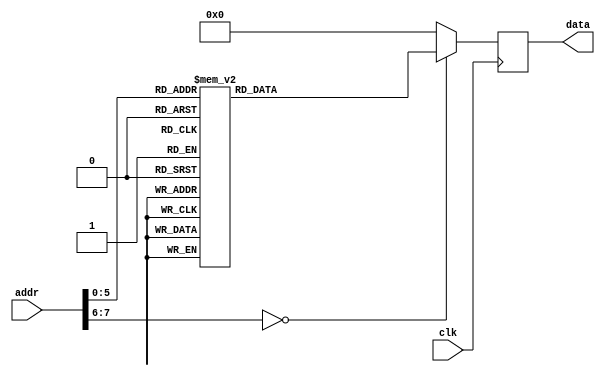
module rom #(
        parameter   DATA_WIDTH = 16,
        parameter   ADDR_WIDTH = 8          // 2 * 1024 bytes of ROM
    )(
        input  wire                  clk,
        input  wire [ADDR_WIDTH-1:0] addr,  // here comes the program counter
        output  reg [DATA_WIDTH-1:0] data   // here goes the instruction
    );

    reg [DATA_WIDTH-1:0] value;

    always @* begin
        case (addr)
		/*	 rjmp 	_start 		*/
		0:		value = 16'b1100000000100110;
		/*	 in 	yl, spl 		*/
		1:		value = 16'b1011011111001101;
		/*	 in 	yh, sph 		*/
		2:		value = 16'b1011011111011110;
		/*	 inc 	yl 		*/
		3:		value = 16'b1001010111000011;
		/*	 inc 	yl 		*/
		4:		value = 16'b1001010111000011;
		/*	 inc 	yl 		*/
		5:		value = 16'b1001010111000011;
		/*	 ld 	r16, y+ 		*/
		6:		value = 16'b1001000100001001;
		/*	 ld 	r17, y+ 		*/
		7:		value = 16'b1001000100011001;
		/*	 ld 	r18, y 		*/
		8:		value = 16'b1000000100101000;
		/*	 ldi 	r20, 40 		*/
		9:		value = 16'b1110001001001000;
		/*	 mul 	r16, r20 		*/
		10:		value = 16'b1001111100000100;
		/*	 mov 	xl, r0 		*/
		11:		value = 16'b0010110110100000;
		/*	 mov 	xh, r1 		*/
		12:		value = 16'b0010110110110001;
		/*	 add 	xl, r17 		*/
		13:		value = 16'b0000111110100001;
		/*	 adc 	xh, r19 		*/
		14:		value = 16'b0001111110110011;
		/*	 inc 	xh 		*/
		15:		value = 16'b1001010110110011;
		/*	 eor 	r0, r0 		*/
		16:		value = 16'b0010010000000000;
		/*	 eor 	r1, r1 		*/
		17:		value = 16'b0010010000010001;
		/*	 st 	x, r18 		*/
		18:		value = 16'b1001001100101100;
		/*	 ret 	 		*/
		19:		value = 16'b1001010100001000;
		/*	 ldi 	r16, 0b00111110 		*/
		20:		value = 16'b1110001100001110;
		/*	 mov 	r3, r16 		*/
		21:		value = 16'b0010111000110000;
		/*	 ldi 	r16, 0 		*/
		22:		value = 16'b1110000000000000;
		/*	 mov 	r4, r16 		*/
		23:		value = 16'b0010111001000000;
		/*	 eor 	r16, r16 		*/
		24:		value = 16'b0010011100000000;
		/*	 eor 	r5, r5 		*/
		25:		value = 16'b0010010001010101;
		/*	 push 	r3 		*/
		26:		value = 16'b1001001000111111;
		/*	 push 	r4 		*/
		27:		value = 16'b1001001001001111;
		/*	 push 	r5 		*/
		28:		value = 16'b1001001001011111;
		/*	 rcall 	_print 		*/
		29:		value = 16'b1101111111100011;
		/*	 in 	r16, spl 		*/
		30:		value = 16'b1011011100001101;
		/*	 inc 	r16 		*/
		31:		value = 16'b1001010100000011;
		/*	 inc 	r16 		*/
		32:		value = 16'b1001010100000011;
		/*	 inc 	r16 		*/
		33:		value = 16'b1001010100000011;
		/*	 out 	spl, r16 		*/
		34:		value = 16'b1011111100001101;
		/*	 inc 	r4 		*/
		35:		value = 16'b1001010001000011;
		/*	 inc 	r5 		*/
		36:		value = 16'b1001010001010011;
		/*	 rjmp 	_loop 		*/
		37:		value = 16'b1100111111110100;
		/*	 ret 	 		*/
		38:		value = 16'b1001010100001000;
		/*	 ldi 	r16, ramend 		*/
		39:		value = 16'b1110101100001111;
		/*	 out 	spl, r16 		*/
		40:		value = 16'b1011111100001101;
		/*	 ldi 	r16, 0 		*/
		41:		value = 16'b1110000000000000;
		/*	 out 	sph, r16 		*/
		42:		value = 16'b1011111100001110;
		/*	 rcall 	_stuff 		*/
		43:		value = 16'b1101111111101000;
		/*	 rjmp 	_start 		*/
		44:		value = 16'b1100111111111010;
		default:		value = 16'b0000000000000000;
        endcase
    end
    always @(negedge clk) begin
        data <= value;
    end

endmodule